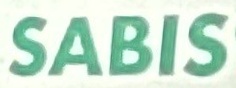
SABIS